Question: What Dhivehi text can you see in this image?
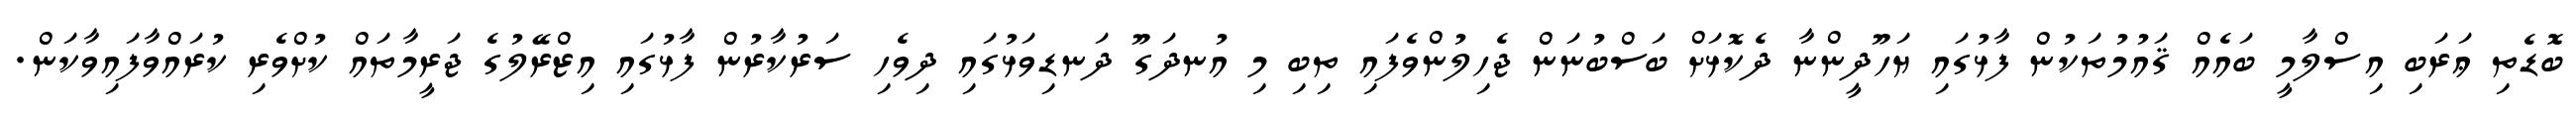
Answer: ބޮޑެތި ޢަރަބި އިސްލާމީ ބައެއް ޤައުމުތަކުން ފާޅުގައި ޔަހޫދީންނާ ދެކޮޅަށް ބަސްބުނަން ޖެހިލުންވެފައި ތިބި މި އުނދަގޫ ދަނޑިވަޅުގައި ދިވެހި ސަރުކާރުން ފާޅުގައި އިޒްރޭލުގެ ޖަރީމާތައް ކުށްވެރި ކުރައްވާފައިވާކަން.